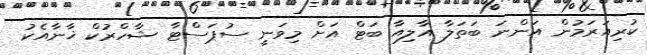
ކުރިއަރަމުން އަންނަ ބަތަލާ އާލިއާ ބަޓް އަށް މިވަނީ ސުޕަސްޓާ ޝާހްރުކް ޚާނާއެކު